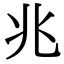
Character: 兆